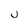
Character: U